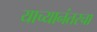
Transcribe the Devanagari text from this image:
याच्यानंतरचा